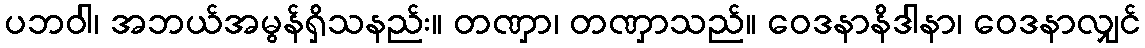
ပဘဝါ၊ အဘယ်အမွန်ရှိသနည်း။ တဏှာ၊ တဏှာသည်။ ဝေဒနာနိဒါနာ၊ ဝေဒနာလျှင်